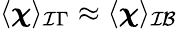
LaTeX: \langle\boldsymbol{\chi}\rangle_{\mathcal{I}\Gamma}\approx\langle\boldsymbol{\chi}\rangle_{\mathcal{IB}}